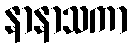
နာနာသကာ